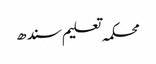
محکمہ تعلیم سندھ